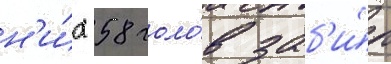
н'и́х 58 голо́в заб'и́л